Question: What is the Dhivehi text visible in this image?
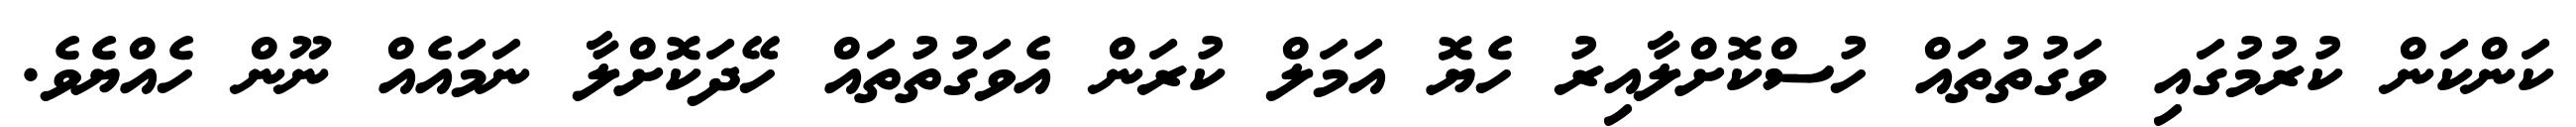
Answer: ކަންކަން ކުރުމުގައި ވަގުތުތައް ހުސްކޮށްލާއިރު ހެޔޮ އަމަލް ކުރަން އެވަގުތުތައް ހޭދަކޮށްލާ ނަމައެއް ނޫން ހެއްޔެވެ.